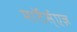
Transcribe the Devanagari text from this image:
माॅर्टर्स्एज़